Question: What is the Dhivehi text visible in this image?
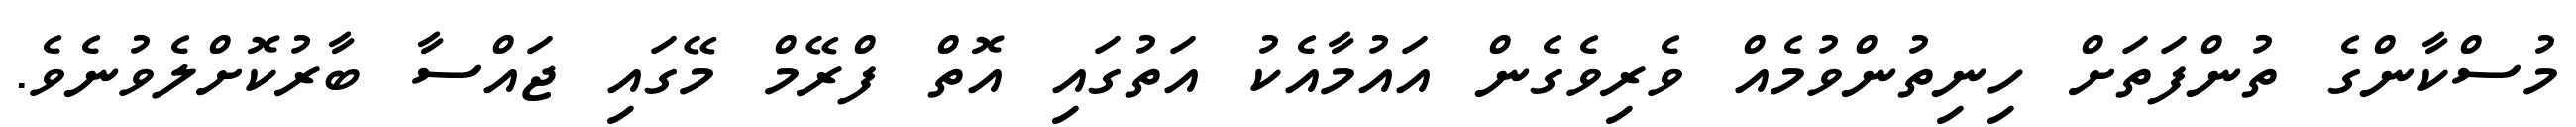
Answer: މުސްކާންގެ ތުންފަތަށް ހިނިތުންވުމެއް ވެރިވެގެން އައުމާއެކު އަތުގައި އޮތް ފްރޭމް މޭގައި ޖައްސާ ބާރުކޮށްލެވުނެވެ.